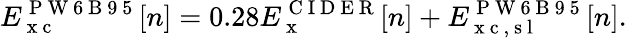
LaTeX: E_{\mathrm{~x~c~}}^{\mathrm{~P~W~6~B~9~5~}}[n]=0.28E_{\mathrm{~x~}}^{\mathrm{~C~I~D~E~R~}}[n]+E_{\mathrm{~x~c~,~s~l~}}^{\mathrm{~P~W~6~B~9~5~}}[n].